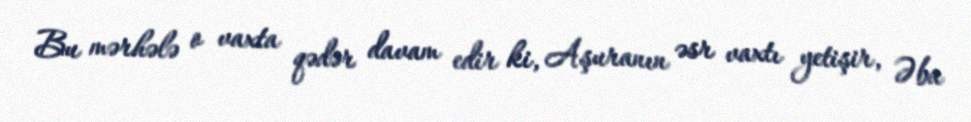
Bu mərhələ o vaxta qədər davam edir ki, Aşuranın əsr vaxtı yetişir, Əba